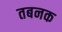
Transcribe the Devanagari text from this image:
तबनक